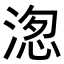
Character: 𭱖